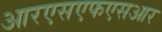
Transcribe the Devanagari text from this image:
आरएसएफएसआर